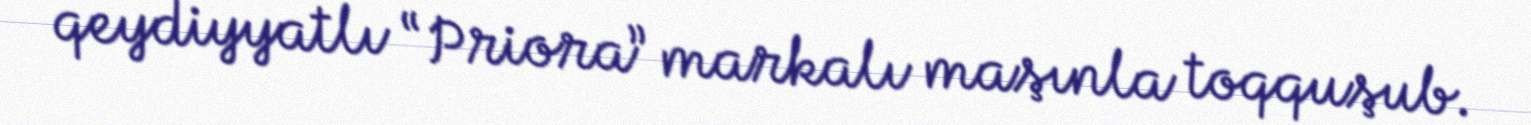
qeydiyyatlı “Priora” markalı maşınla toqquşub.